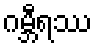
ဂမ္ဘီရဿ